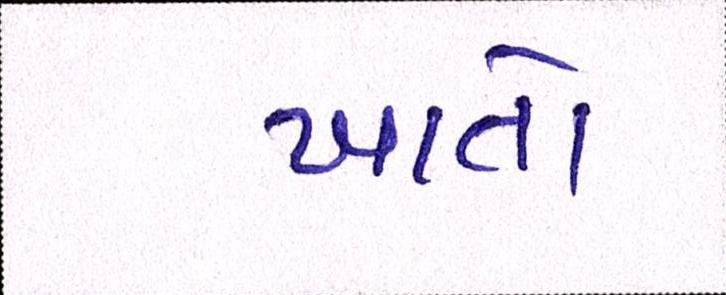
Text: ખાતો